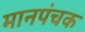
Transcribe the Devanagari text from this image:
मानपंचक